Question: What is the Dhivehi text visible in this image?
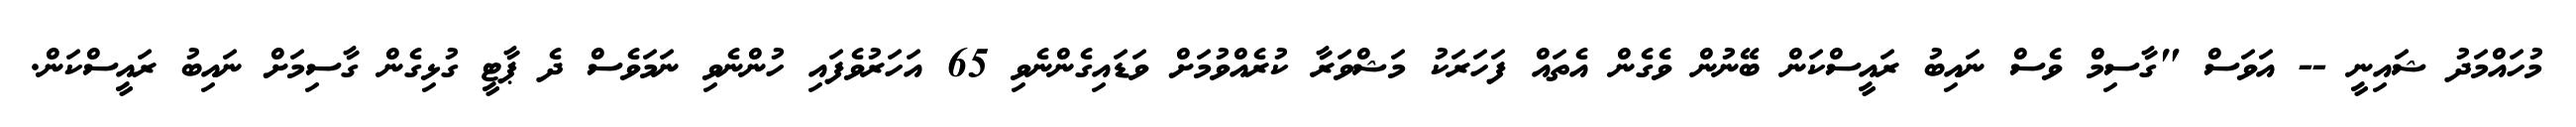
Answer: މުހައްމަދު ޝައިނީ -- އަވަސް "ގާސިމް ވެސް ނައިބު ރައީސްކަން ބޭނުން ވެގެން އެތައް ފަހަރަކު މަޝްވަރާ ކުރެއްވުމަށް ވަޑައިގެންނެވި 65 އަހަރުވެފައި ހުންނެވި ނަމަވެސް ދެ ޕާޓީ ގުޅިގެން ގާސިމަށް ނައިބު ރައީސްކަން.